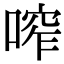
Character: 鿽